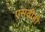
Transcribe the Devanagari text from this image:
एसवीडी